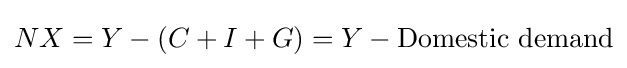
NX=Y-(C+I+G)=Y-{\text{Domestic demand}}